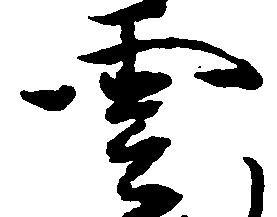
雲